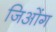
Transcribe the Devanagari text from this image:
जिओंग